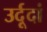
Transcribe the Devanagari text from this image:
उर्दूदां